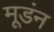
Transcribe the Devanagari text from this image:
मूडंन